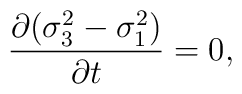
{\partial(\sigma_3^2-\sigma_1^2)\over\partial t}=0,